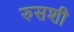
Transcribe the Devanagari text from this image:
रुसशी